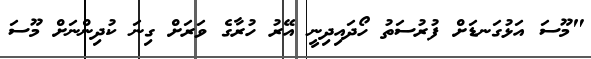
"މޫސަ އަޅުގަނޑަށް ފުރުސަތު ހޯދައިދިނީ އޭރު ހުރާގެ ވަރަށް ގިނަ ކުދިންނަށް މޫސަ